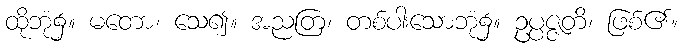
ထိုဘုံ၌။ မတော၊ သေ၍။ အညတြ၊ တစ်ပါးသောဘုံ၌။ ဥပ္ပဇ္ဇတိ၊ ဖြစ်၏။